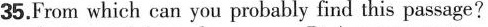
35.From which can you probably find this passage?